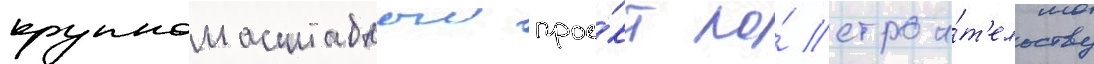
крупномасштабныи прое́кт по́ строи́т'ельству